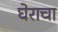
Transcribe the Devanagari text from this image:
घेराचा